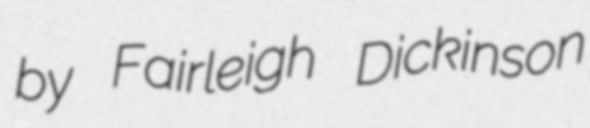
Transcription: by Fairleigh Dickinson